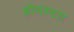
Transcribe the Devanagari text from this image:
होमस्टार